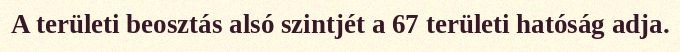
A területi beosztás alsó szintjét a 67 területi hatóság adja.